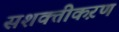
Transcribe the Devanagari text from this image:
सशक्तीकऱण